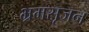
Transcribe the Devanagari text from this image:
भ्रमसृजन